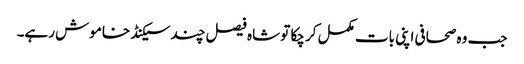
جب وہ صحافی اپنی بات مکمل کر چکا تو شاہ فیصل چند سیکنڈ خاموش رہے۔